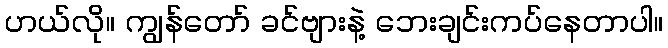
ဟယ်လို။ ကျွန်တော် ခင်ဗျားနဲ့ ဘေးချင်းကပ်နေတာပါ။